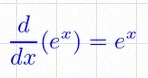
\frac{d}{dx}(e^x)=e^x